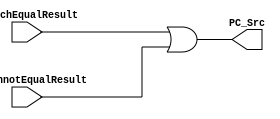
module AddressOr (PC_Src, BranchEqualResult, BranchnotEqualResult);

// input 
	input BranchEqualResult, BranchnotEqualResult;
	
// output
	output reg PC_Src;
	
	initial 
		begin
			PC_Src <= 0;
		end
	
	always @(*)
		begin
			PC_Src <= BranchEqualResult || BranchnotEqualResult;
		end
		
endmodule